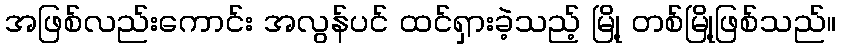
အဖြစ်လည်းကောင်း အလွန်ပင် ထင်ရှားခဲ့သည့် မြို့ တစ်မြို့ဖြစ်သည်။